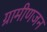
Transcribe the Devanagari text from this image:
ग्रामीणजन